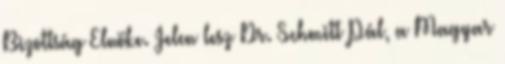
Bizottság Elnöke. Jelen lesz Dr. Schmitt Pál, a Magyar